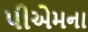
પીએમના